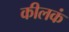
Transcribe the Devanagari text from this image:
कीलकं